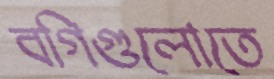
বগিগুলোতে